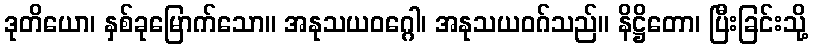
ဒုတိယော၊ နှစ်ခုမြောက်သော။ အနုသယဝဂ္ဂေါ၊ အနုသယဝဂ်သည်။ နိဋ္ဌိတော၊ ပြီးခြင်းသို့